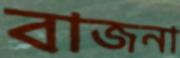
বাজনা